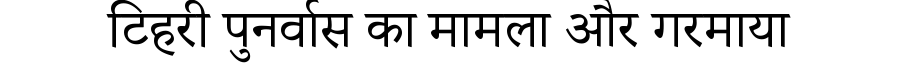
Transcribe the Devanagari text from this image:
टिहरी पुनर्वास का मामला और गरमाया